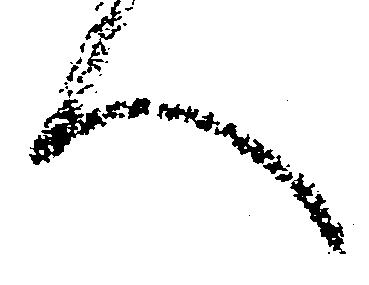
へ